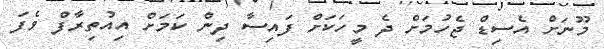
މޫނަށް އެސިޑް ޖެހުމަށް ދެ މީހަކަށް ފައިސާ ދިން ކަމަށް އިއުތިރާފް ވެފަ